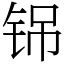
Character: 铞